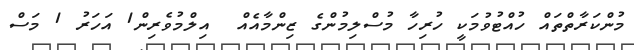
މުންކަރާތްތައް ހުއްޓުވުމަކީ ހުރިހާ މުސްލިމުންގެ ޒިންމާއެއް  އިލްމުވެރިން1 އަހަރު 1 މަސް